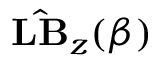
\hat { \mathbf { L B } } _ { z } ( \beta )